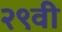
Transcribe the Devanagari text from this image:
२९वी